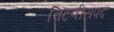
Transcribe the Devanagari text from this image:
चिटणीसपद